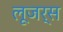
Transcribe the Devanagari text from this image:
लूजर्स